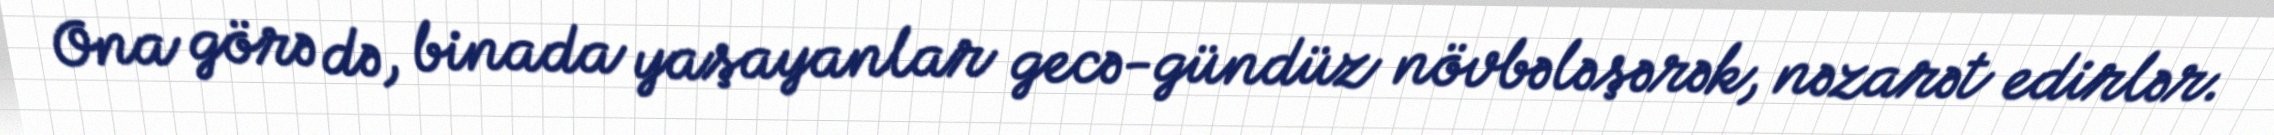
Ona görə də, binada yaşayanlar gecə-gündüz növbələşərək, nəzarət edirlər.